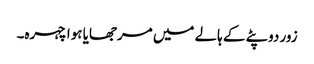
زور دوپٹے کے ہالے میں مرجھایا ہوا چہرہ۔